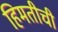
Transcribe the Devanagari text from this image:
हिमतीची